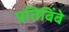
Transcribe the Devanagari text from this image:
प्रतिबिंबे